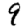
Digit: 9